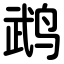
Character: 鹉